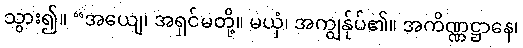
သွား၍။ “အယျေ၊ အရှင်မတို့။ မယှံ၊ အကျွန်ုပ်၏။ အကိဏ္ဏဋ္ဌာနေ၊